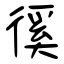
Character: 徯